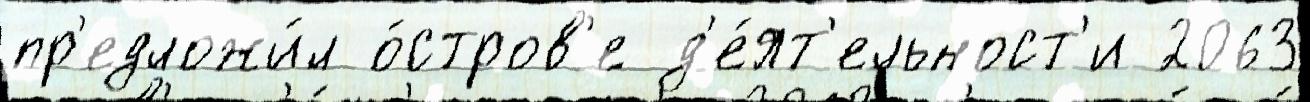
пр'едложи́л о́стров'е д'е́ят'ельност'и 2063